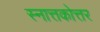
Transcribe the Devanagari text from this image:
स्नात्तकोत्तर